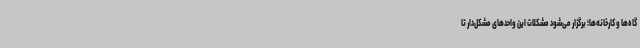
گاه‌ها و کارخانه‌ها؛ برگزار می‌شود مشکلات این واحدهای مشکل‌دار تا